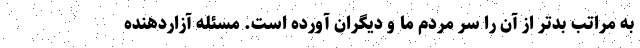
به مراتب بدتر از آن را سر مردم ما و دیگران آورده است. مسئله آزاردهنده